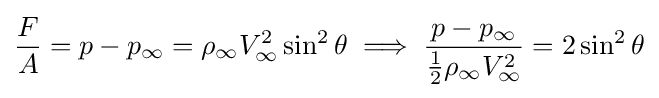
{\frac {F}{A}}=p-p_{\infty }=\rho _{\infty }V_{\infty }^{2}\sin ^{2}\theta \implies {\frac {p-p_{\infty }}{{\frac {1}{2}}\rho _{\infty }V_{\infty }^{2}}}=2\sin ^{2}\theta